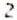
2